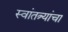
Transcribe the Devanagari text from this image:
स्वांतत्र्यांचा